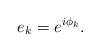
LaTeX: \begin{align*}e_k=e^{i\phi_k}. \end{align*}